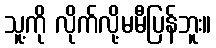
သူ့ကို လိုက်လို့မမီပြန်ဘူး။